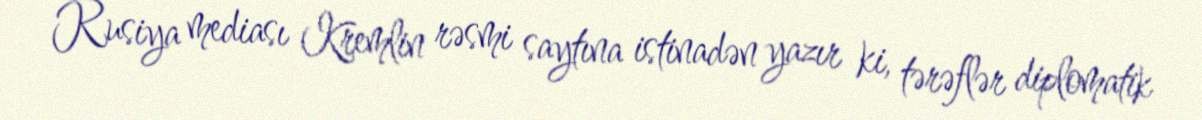
Rusiya mediası Kremlin rəsmi saytına istinadən yazır ki, tərəflər diplomatik